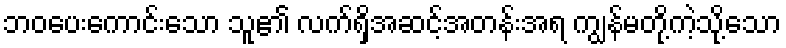
ဘဝပေးကောင်းသော သူ၏ လက်ရှိအဆင့်အတန်းအရ ကျွန်မတို့ကဲ့သို့သော